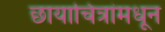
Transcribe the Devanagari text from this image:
छायाचित्रांमधून